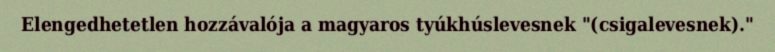
Elengedhetetlen hozzávalója a magyaros tyúkhúslevesnek "(csigalevesnek)."